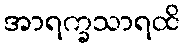
အာရက္ခသာရထိ